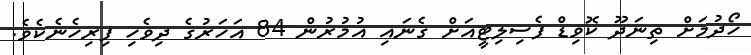
ހޯދުމަށް ތިނަދޫ ކޮވިޑް ފެސިލިޓީއަށް ގެނައި އުމުރުން 84 އަހަރުގެ ދިވެހި ފިރިހެނެކެވެ.